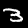
Digit: 3